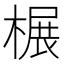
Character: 榐